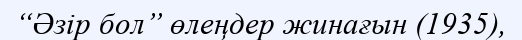
“Әзір бол” өлеңдер жинағын (1935),